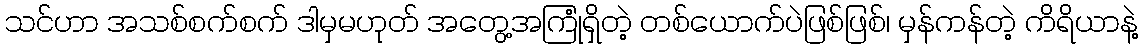
သင်ဟာ အသစ်စက်စက် ဒါမှမဟုတ် အတွေ့အကြုံရှိတဲ့ တစ်ယောက်ပဲဖြစ်ဖြစ်၊ မှန်ကန်တဲ့ ကိရိယာနဲ့